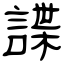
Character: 諜